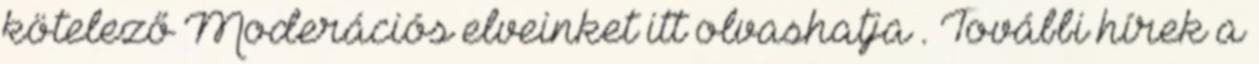
kötelező Moderációs elveinket itt olvashatja . További hírek a